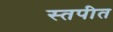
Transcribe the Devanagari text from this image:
स्तपीत